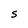
Character: 5